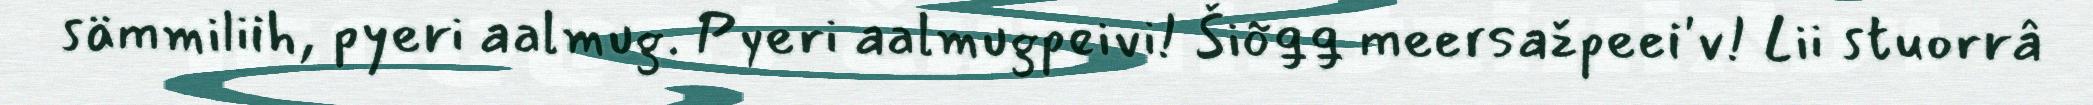
sämmiliih, pyeri aalmug. Pyeri aalmugpeivi! Šiõǥǥ meersažpeei'v! Lii stuorrâ